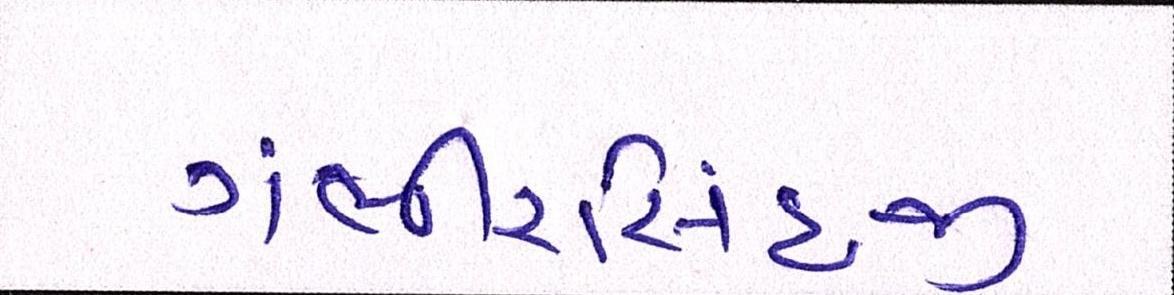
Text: ગંભીરસિંહજી